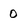
Character: 0